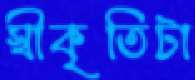
স্বীকৃতিটা